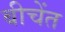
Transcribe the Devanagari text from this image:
बीचेंत